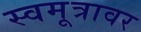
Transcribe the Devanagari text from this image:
स्वमूत्रावर